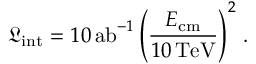
\displaystyle \mathfrak { L } _ { \mathrm { { i n t } } } = 1 0 \, \mathrm { { a b } } ^ { - 1 } \left( \frac { E _ { \mathrm { { c m } } } } { 1 0 \, \mathrm { { T e V } } } \right) ^ { 2 } \, .